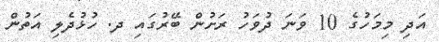
އަދި މިމަހުގެ 10 ވަނަ ދުވަހު ރަށުން ބޭރުގައި ދ. ހުޅުދެލި އަތުން